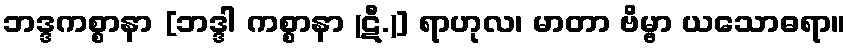
ဘဒ္ဒကစ္စာနာ [ဘဒ္ဒါ ကစ္စာနာ (ဋီ.)] ရာဟုလ၊ မာတာ ဗိမ္ဗာ ယသောဓရာ။